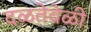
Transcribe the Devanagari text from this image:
दळतेवेळी